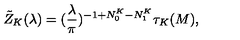
\tilde { Z } _ { K } ( \lambda ) = ( \frac { \lambda } { \pi } ) ^ { - 1 + N _ { 0 } ^ { K } - N _ { 1 } ^ { K } } \tau _ { K } ( M ) ,